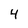
Character: 4